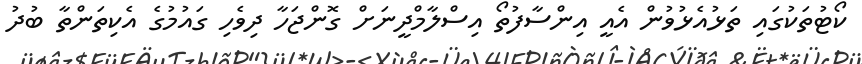
ކޯޓުތަކުގައި ތަޅުއެޅުވުން އެއީ އިންސާފުތޯ އިސްލާމްދީނަށް ގޮންޖަހާ ދިވެހި ގައުމުގެ އެކިތަންތާ ބުދު